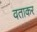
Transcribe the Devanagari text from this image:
वताकर